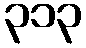
၃၁၃